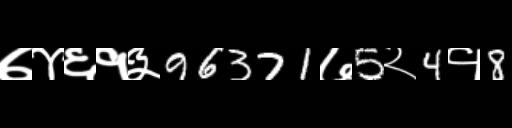
Text: ७४६१३96371७5२4१8